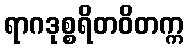
ရာဂဒုစ္စရိတဝိတက္က